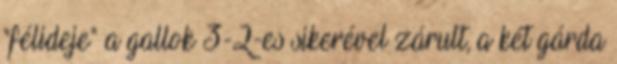
"félideje" a gallok 3-2-es sikerével zárult, a két gárda